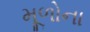
મૂળોના